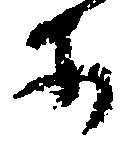
等